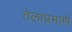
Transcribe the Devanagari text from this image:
तेलाप्रमाणे